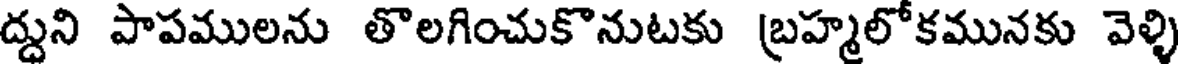
ద్దుని పాపములను తొలగించుకొనుటకు బ్రహ్మలోకమునకు వెళ్ళి